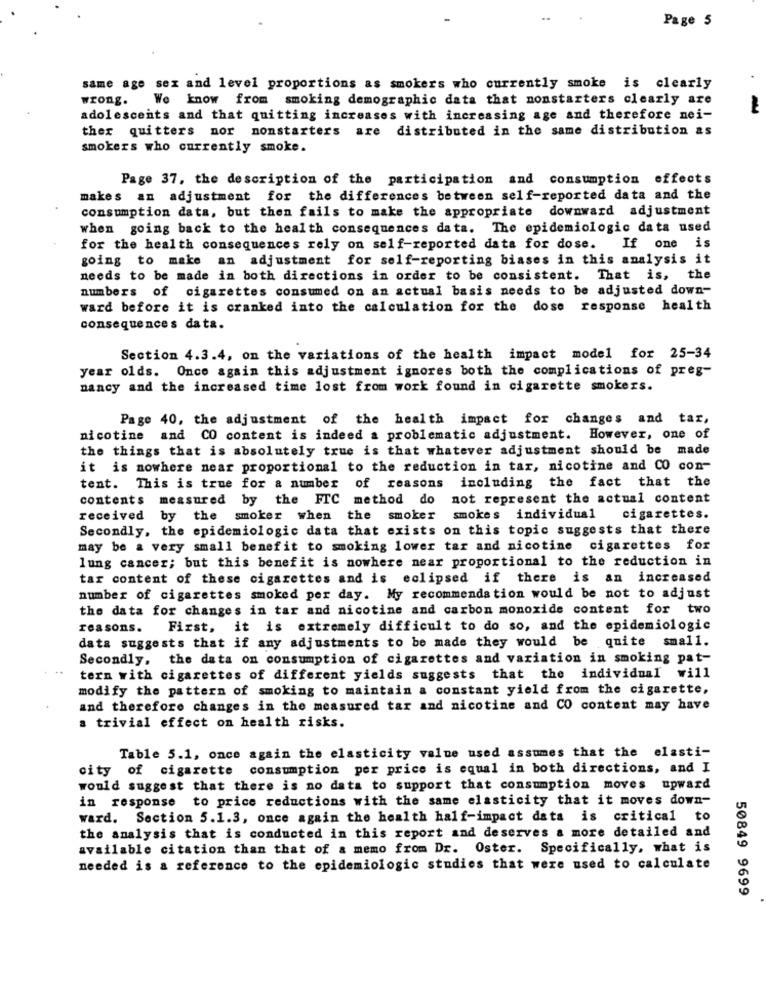
Page 5
same age sex and level proportions as smokers who currently smoke is clearly
wrong.
We know from smoking demographic data that nonstarters clearly are
adolescents and that quitting increases with increasing age and therefore nei-
ther quitters nor nonstarters are distributed in the same distribution as
smokers who currently smoke.
Page 37, the description of the participation and consumption effects
makes an adjustment for the differences between self-reported data and the
consumption data, but then fails to make the appropriate downward adjustment
when going back to the health consequences data. The epidemiologic data used
for the health consequences rely on self-reported data for dose. If one is
going to make an adjustment for self-reporting biases in this analysis it
needs to be made in both directions in order to be consistent. That is, the
numbers of cigarettes consumed on an actual basis needs to be adjusted down-
ward before it is cranked into the calculation for the dose response health
consequences data.
Section 4.3.4, on the variations of the health impact model for 25-34
year olds. Once again this adjustment ignores both the complications of preg-
nancy and the increased time lost from work found in cigarette smokers.
Page 40, the adjustment of the health impact for changes and tar,
nicotine and CO content is indeed a problematic adjustment. However, one of
the things that is absolutely true is that whatever adjustment should be made
it is nowhere near proportional to the reduction in tar, nicotine and CO con-
tent. This is true for a number of reasons including the fact that the
contents measured by the FTC method do not represent the actual content
received
by the smoker when the smoker smokes individual
cigarettes.
Secondly, the epidemiologic data that exists on this topic suggests that there
may be a very small benefit to smoking lower tar and nicotine cigarettes for
lung cancer; but this benefit is nowhere near proportional to the reduction in
tar content of these cigarettes and is eclipsed if there is an increased
number of cigarettes smoked per day. My recommendation would be not to adjust
the data for changes in tar and nicotine and carbon monoxide content for two
reasons.
First, it is extremely difficult to do so, and the epidemiologic
data suggests that if any adjustments to be made they would be quite small.
Secondly, the data on consumption of cigarettes and variation in smoking pat-
tern with cigarettes of different yields suggests that the individual will
modify the pattern of smoking to maintain a constant yield from the cigarette,
and therefore changes in the measured tar and nicotine and CO content may have
a trivial effect on health risks.
Table 5.1, once again the elasticity value used assumes that the elasti-
city of cigarette consumption per price is equal in both directions, and I
would suggest that there is no data to support that consumption moves upward
in response to price reductions with the same elasticity that it moves down-
ward. Section 5.1.3, once again the health half-impact data is critical to
the analysis that is conducted in this report and deserves a more detailed and
available citation than that of a memo from Dr. Oster. Specifically, what is
needed is a reference to the epidemiologic studies that were used to calculate
50849 9699